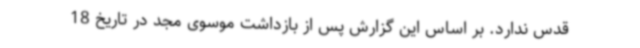
قدس ندارد. بر اساس این گزارش پس از بازداشت موسوی مجد در تاریخ 18